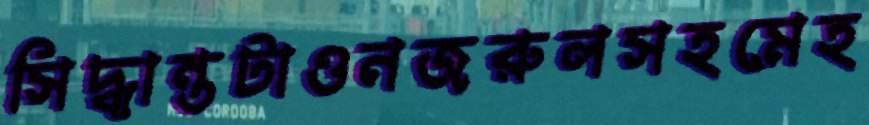
সিদ্ধান্তটাওনজরুলসহমেহ